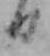
日